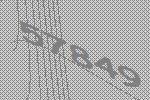
57849